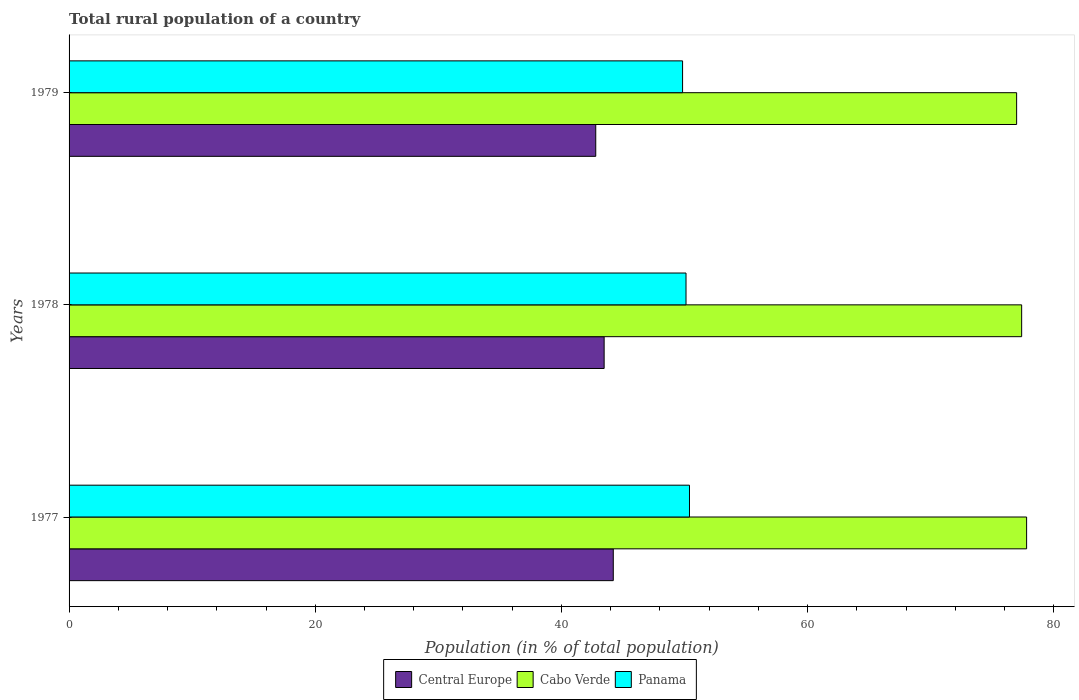
| Years | Central Europe | Cabo Verde | Panama |
 | --- | --- | --- | --- |
 | 1977 | 44.2 | 77.8 | 50.4 |
 | 1978 | 43.5 | 77.4 | 50.1 |
 | 1979 | 42.8 | 77 | 49.8 |